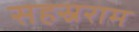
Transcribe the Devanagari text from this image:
सहस्रराम